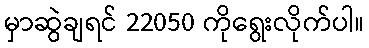
မှာဆွဲချရင် 22050 ကိုရွေးလိုက်ပါ။